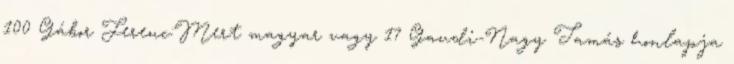
100 Gábor Ferenc:Mert magyar vagy 17 Gaudi-Nagy Tamás honlapja